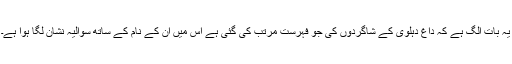
یہ بات الگ ہے کہ داغ دہلوی کے شاگردوں کی جو فہرست مرتب کی گئی ہے اس میں ان کے نام کے ساتھ سوالیہ نشان لگا ہوا ہے۔